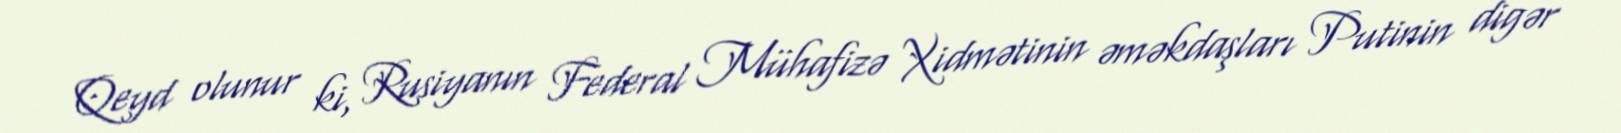
Qeyd olunur ki, Rusiyanın Federal Mühafizə Xidmətinin əməkdaşları Putinin digər